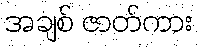
အချစ် ဇာတ်ကား